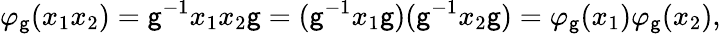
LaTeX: \varphi_{\mathsf{g}}(x_{1}x_{2})=\mathsf{g}^{-1}x_{1}x_{2}\mathsf{g}=(\mathsf{g}^{-1}x_{1}\mathsf{g})(\mathsf{g}^{-1}x_{2}\mathsf{g})=\varphi_{\mathsf{g}}(x_{1})\varphi_{\mathsf{g}}(x_{2}),